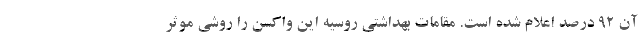
آن ۹۲ درصد اعلام شده است. مقامات بهداشتی روسیه این واکسن را روشی موثر